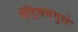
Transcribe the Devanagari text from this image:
मॅट्रिक्समुले